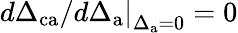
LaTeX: \left.d\Delta_{\mathrm{ca}}/d\Delta_{\mathrm{a}}\right|_{\Delta_{\mathrm{a}}=0}=0